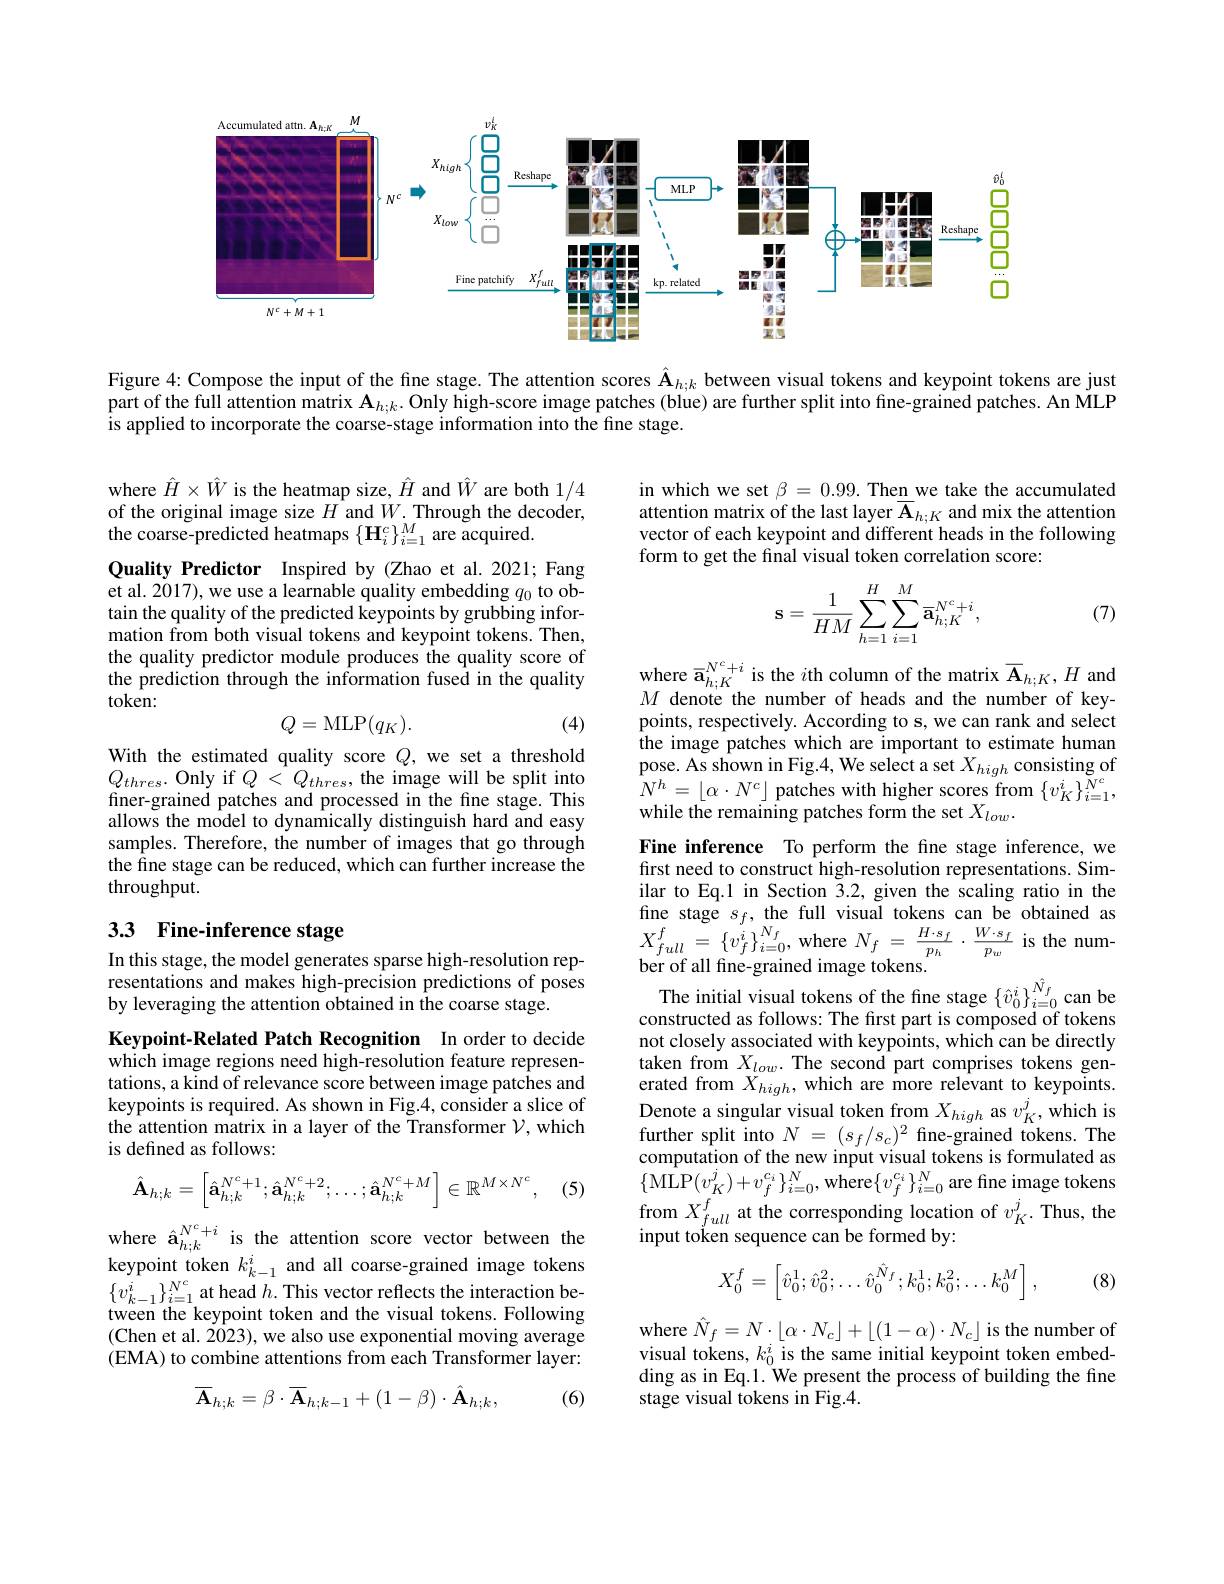
<FigureHere>

Figure 4: Compose the input of the fine stage. The attention scores $\hat{\mathbf{A}}_{h;k}$ between visual tokens and keypoint tokens are just part of the full attention matrix $\mathbf{A}_{h;k}\cdot$ Only high-score image patches (blue) are further split into fine-grained patches. An MLP is applied to incorporate the coarse-stage information into the fine stage.

where $\hat{H}\times\hat{W}$ is the heatmap size, $\hat{H}$ and $\hat{W}$ are both 1/4 of the original image size $H$ and $W.$ Through the decoder, the coarse-predicted heatmaps $\{\mathbf{H}_i^c\}_{i=1}^M$ are acquired.

in which we set $\beta=0.99.$ Then we take the accumulated attention matrix of the last layer $\overline{\mathbf{A}}_{h;K}$ and mix the attention vector of each keypoint and different heads in the following form to get the final visual token correlation score:
$$\mathbf{s}=\dfrac{1}{HM}\sum_{h=1}^{H}\sum_{i=1}^{M}\overline{\mathbf{a}}_{h;K}^{N^{c}+i},$$
(7)

Quality Predictor Inspired by (Zhao et al.2021; Fang et al. 2017), we use a learnable quality embedding $q_{0}$ to obtain the quality of the predicted keypoints by grubbing information from both visual tokens and keypoint tokens. Then, the quality predictor module produces the quality score of the prediction through the information fused in the quality $token:$
$$Q=\mathrm{MLP}(q_{K}).$$
(4)

$\begin{array}{l}\text{where }\overline{\mathbf{a}}_{h;K}^{N^c+i}\text{ is the }i\text{th column of the matrix }\overline{\mathbf{A}}_{h;K},H\mathrm{~and}\\M\text{ denote the number of heads and the number of key-}\end{array}$ points, respectively. According to s, we can rank and select the image patches which are important to estimate human pose. As shown in Fig.4, We select a set $X_{high}$ consisting of $N^{h}=\lfloor\alpha\cdot N^{c}\rfloor$ patches with higher scores from $\{v_K^{i}\}_{i=1}^{N^{c}}$, while the remaining patches form the set $X_low.$

With the estimated quality score $Q$, we set a threshold $Q_{thres}.$Only if $Q<Q_{thres}$,the image will be split into finer-grained patches and processed in the fine stage. This allows the model to dynamically distinguish hard and easy samples. Therefore, the number of images that go through the fine stage can be reduced, which can further increase the throughput.

## 33 Fine-inference stage

Fine inference To perform the fine stage inference,we first need to construct high-resolution representations. Similar to Eq.1 in Section $\tilde{3}.2$, given the scaling ratio in the fine stage $s_f$,the full visual tokens can be obtained as $X_{full}^{f}=\left\{v_{f}^{i}\right\}_{i=0}^{N_{f}}$,where$N_f=\frac{H\cdot s_{f}}{p_{h}}\cdot\frac{W\cdot s_{f}}{p_{w}}$is the num ber of all fine-grained image tokens.
The initial visual tokens of the fine stage $\{\hat{v}_0^i\}_{i=0}^{\hat{N}_f}$can be constructed as follows: The first part is composed of tokens not closely associated with keypoints, which can be directly taken from $X_low.$ The second part comprises tokens generated from $X_{high}$, which are more relevant to keypoints. Denote a singular visual token from $X_{high}$ as $v_K^j$, which is further split into $N=(s_f/s_c)^2$ fine-grained tokens. The computation of the new input visual tokens is formulated as $\{{\hat{\mathrm{MLP}}}(v_{K}^{j})+v_{f}^{c_{i}}\}_{i=0}^{N},{\overset{N}{\operatorname*{\operatorname*{where}}}\{v_{f}^{c_{i}}\}_{i=0}^{N}}$are fine image tokens from $X_{full}^{f}$ at the corresponding location of $v_K^j.$ Thus, the input token sequence can be formed by:
$$X_0^f=\begin{bmatrix}\hat v_0^1;\hat v_0^2;\dots\hat v_0^{\hat N_f};k_0^1;k_0^2;\dots k_0^M\end{bmatrix},$$
In this stage, the model generates sparse high-resolution representations and makes high-precision predictions of poses by leveraging the attention obtained in the coarse stage.

Keypoint-Related Patch Recognition In order to decide which image regions need high-resolution feature representations, a kind of relevance score between image patches and keypoints is required. As shown in Fig.4, consider a slice of the attention matrix in a layer of the Transformer $\mathcal{V}$,which is defined as follows:
$$\hat{\mathbf{A}}_{h;k}=\left[\hat{\mathbf{a}}_{h;k}^{N^c+1};\hat{\mathbf{a}}_{h;k}^{N^c+2};\ldots;\hat{\mathbf{a}}_{h;k}^{N^c+M}\right]\in\mathbb{R}^{M\times N^c},$$
(5)

(8)

where $\hat{\mathbf{a}}_{h;k}^{N^c+i}$ is the attention score vector between the keypoint token $k_{k-1}^i$ and all coarse-grained image tokens $\{v_{k-1}^{i}\}_{i=1}^{N^{c}}$ at head $h.$ This vector reflects the interaction between the keypoint token and the visual tokens. Following (Chen et al. 2023), we also use exponential moving average (EMA) to combine attentions from each Transformer layer:

where $\hat{N}_f=N\cdot\lfloor\alpha\cdot N_c\rfloor+\lfloor(1-\alpha)\cdot N_c\rfloor$ is the number of visual tokens, $k_0^i$ is the same initial keypoint token embedding as in Eq.1. We present the process of building the fine stage visual tokens in Fig.4.
$$\overline{\mathbf{A}}_{h;k}=\beta\cdot\overline{\mathbf{A}}_{h;k-1}+(1-\beta)\cdot\hat{\mathbf{A}}_{h;k},$$
(6)